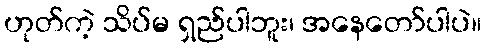
ဟုတ်ကဲ့ သိပ်မ ရှည်ပါဘူး၊ အနေတော်ပါပဲ။